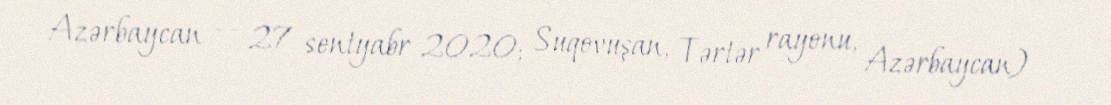
Azərbaycan — 27 sentyabr 2020; Suqovuşan, Tərtər rayonu, Azərbaycan) —